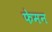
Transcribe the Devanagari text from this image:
फेमन